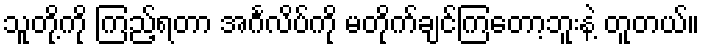
သူတို့ကို ကြည့်ရတာ အင်္ဂလိပ်ကို မတိုက်ချင်ကြတော့ဘူးနဲ့ တူတယ်။